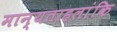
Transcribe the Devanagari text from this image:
मान्यताहलांकि